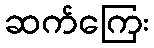
ဆက်ကြေး